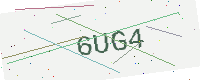
Text: 6UG4